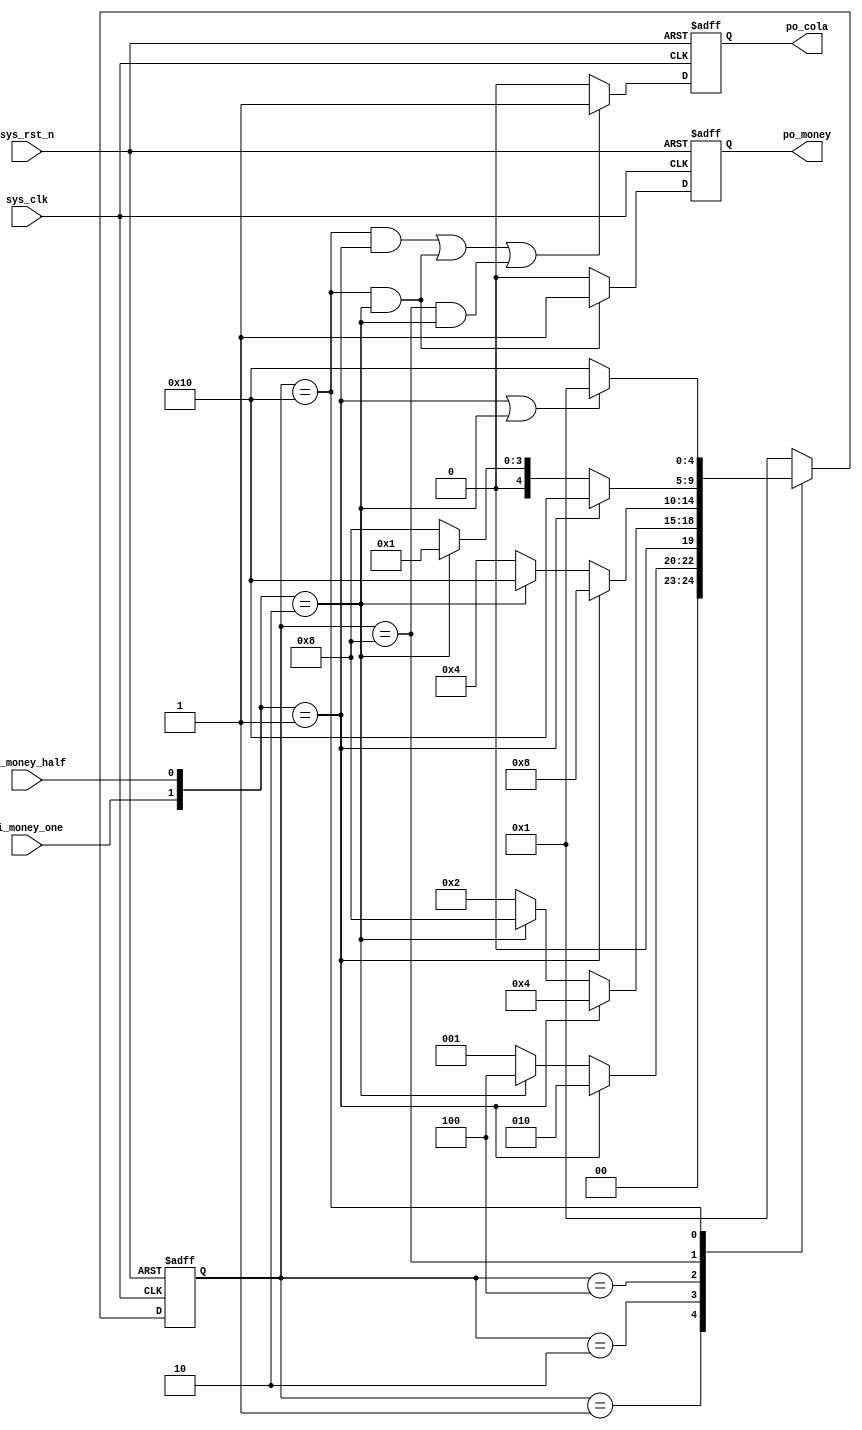
`timescale  1ns/1ns
////////////////////////////////////////////////////////////////////////
// Module Name   : complex_fsm
// Project Name  : complex_fsm
// Target Devices: Altera EP4CE10F17C8
// Tool Versions : Quartus 13.0
// Description   : 
// 
// Revision      : V1.0
// Additional Comments:
// 
// : _Pro_FPGA
//     : http://www.embedfire.com
//     : http://www.firebbs.cn
//     : https://fire-stm32.taobao.com
////////////////////////////////////////////////////////////////////////

module  complex_fsm
(
    input   wire    sys_clk         ,   //50MHz
    input   wire    sys_rst_n       ,   //
    input   wire    pi_money_one    ,   //1
    input   wire    pi_money_half   ,   //0.5
                    
    output  reg     po_money        ,   //po_money1
                                        //po_money0
    output  reg     po_cola             //po_cola1
                                        //po_cola0
);

//********************************************************************//
//****************** Parameter and Internal Signal *******************//
//********************************************************************//

//parameter define
//
parameter   IDLE     = 5'b00001;
parameter   HALF     = 5'b00010;
parameter   ONE      = 5'b00100;
parameter   ONE_HALF = 5'b01000;
parameter   TWO      = 5'b10000;

//reg   define
reg     [4:0]   state;

//wire  define
wire    [1:0]   pi_money;

//********************************************************************//
//***************************** Main Code ****************************//
//********************************************************************//

//pi_money:1bit12bit
//000.501110
assign pi_money = {pi_money_one, pi_money_half};

//state
always@(posedge sys_clk or negedge sys_rst_n)
    if(sys_rst_n == 1'b0)
        state <= IDLE;  //
    else	case(state)
                IDLE    : if(pi_money == 2'b01)   //
                              state <= HALF;
                          else    if(pi_money == 2'b10)//
                              state <= ONE;
                          else
                              state <= IDLE;
    
                HALF    : if(pi_money == 2'b01)
                              state <= ONE;
                          else    if(pi_money == 2'b10)
                              state <= ONE_HALF;
                          else
                              state <= HALF;
    
                ONE     : if(pi_money == 2'b01)
                              state <= ONE_HALF;
                          else    if(pi_money == 2'b10)
                              state <= TWO;
                          else
                              state <= ONE;
    
                ONE_HALF: if(pi_money == 2'b01)
                              state <= TWO;
                          else    if(pi_money == 2'b10)
                              state <= IDLE;
                          else
                              state <= ONE_HALF;
    
                TWO     : if((pi_money == 2'b01) || (pi_money == 2'b10))
                              state <= IDLE;
                          else
                              state <= TWO;
        //
                default :       state <= IDLE;
            endcase

//statepi_moneypo_cola
always@(posedge sys_clk or negedge sys_rst_n)
    if(sys_rst_n == 1'b0)
        po_cola <= 1'b0;
    else    if((state == TWO && pi_money == 2'b01) || (state == TWO && 
          pi_money == 2'b10) || (state == ONE_HALF && pi_money == 2'b10))
        po_cola <= 1'b1;
    else
        po_cola <= 1'b0;

//statepi_moneypo_money
always@(posedge sys_clk or negedge sys_rst_n)
    if(sys_rst_n ==	1'b0)
        po_money <= 1'b0;
    else if((state == TWO) && (pi_money == 2'b10))
        po_money <= 1'b1;
    else
        po_money <= 1'b0;

endmodule